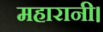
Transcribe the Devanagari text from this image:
महारानी।